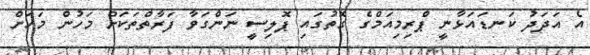
އެ އަދަދު ކަނޑައަޅާނީ ޕްރިމިއަމްގެ ގޮތުގައި ޕޮލިސީ ނަންގަވާ ފަރާތްތަކަށް މަހުން މަހަށް